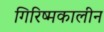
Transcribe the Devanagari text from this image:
गिरिष्मकालीन